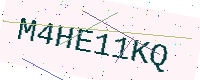
Text: M4HE11KQ